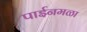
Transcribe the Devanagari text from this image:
पाईनमळा